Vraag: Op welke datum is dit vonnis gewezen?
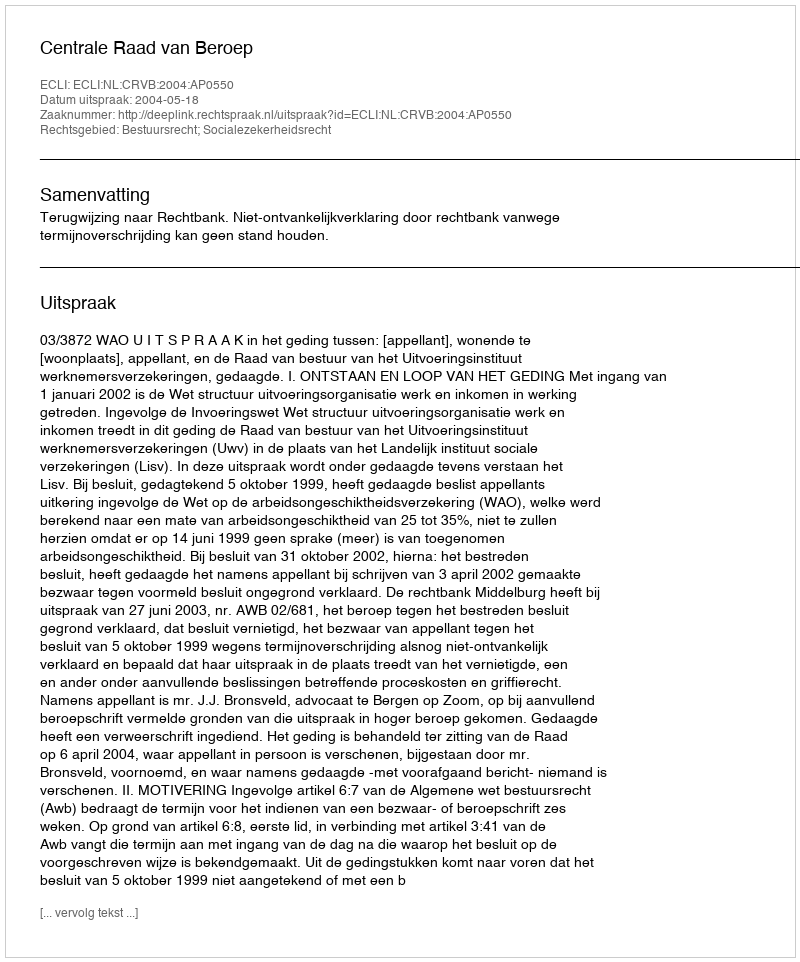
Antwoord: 2004-05-18